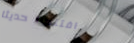
افتتحنا حديثاً